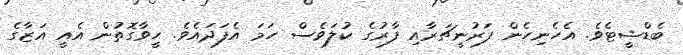
ބެޑްޝީޓެވެ. އެހެނިހެން ފަރުނީޗަރާއި ފާރުގެ ކުލަވެސް ހަމަ އެފަދައެވެ. ހީވާގޮތުން އެއީ އަޒާގެ